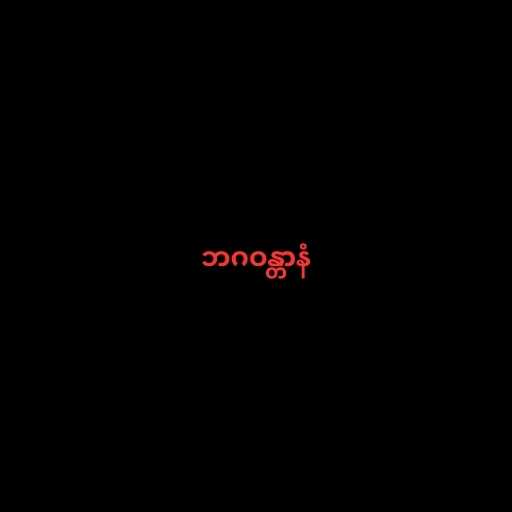
ဘဂဝန္တာနံ